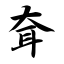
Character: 耷